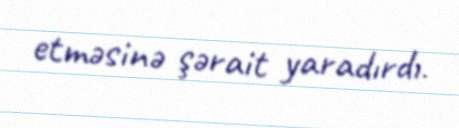
etməsinə şərait yaradırdı.